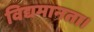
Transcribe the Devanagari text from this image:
विद्यमानता।